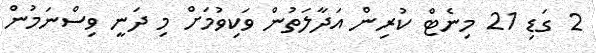
2 ގަޑި 21 މިނެޓް ކުރިން އަދާލަތުން ވަކިވުމަށް މި ދަނީ ވިސްނަމުން